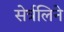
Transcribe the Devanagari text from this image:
सेर्त्रलिने